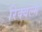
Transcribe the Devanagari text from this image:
रिक्वेल्मे